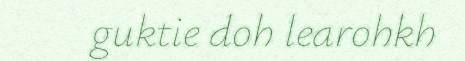
guktie doh learohkh